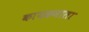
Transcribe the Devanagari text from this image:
कायक्रमाला